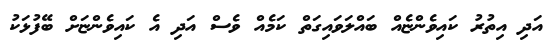
އަދި އިތުރު ކައިވެންޏެއް ބައްލަވައިގަތް ކަމެއް ވެސް އަދި އެ ކައިވެންޏަށް ބޭފުޅަކު